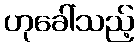
ဟုခေါ်သည့်